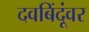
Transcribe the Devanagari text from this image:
दवबिंदूंवर